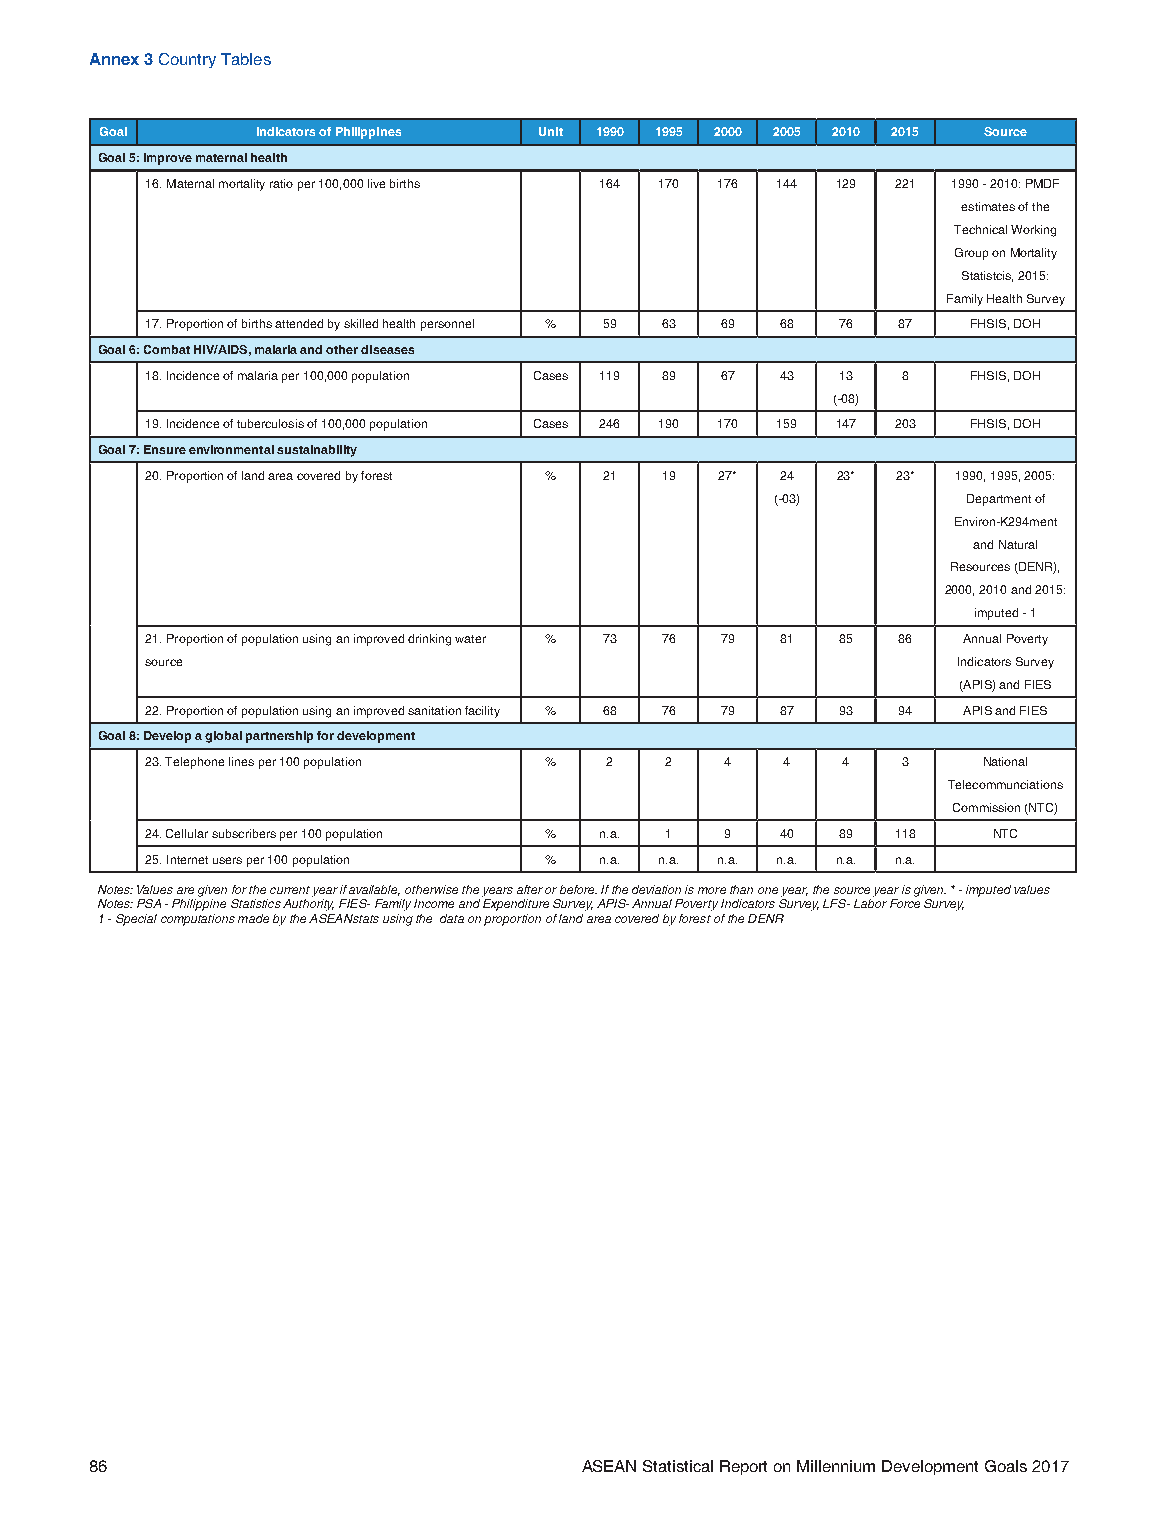
Annex 3 Country Tables
 Goal      Indicators of Philippines Unit 1990 1995 2000 2005 2010 2015 Source
 Goal 5: Improve maternal health
 16. Maternal mortality ratio per 100,000 live births 164 170 176 144 129 221 1990 - 2010: PMDF
 estimates of the
 Technical Working
 Group on Mortality
 Statistcis, 2015:
 Family Health Survey
 17. Proportion of births attended by skilled health personnel % 59 63 69 68 76 87 FHSIS, DOH
 Goal 6: Combat HIV/AIDS, malaria and other diseases
 18. Incidence of malaria per 100,000 population Cases 119 89 67 43 13 8 FHSIS, DOH
 (-08)
 19. Incidence of tuberculosis of 100,000 population Cases 246 190 170 159 147 203 FHSIS, DOH
 Goal 7: Ensure environmental sustainability
 20. Proportion of land area covered by forest % 21 19 27* 24 23* 23* 1990, 1995, 2005:
 (-03)        Department of
 Environ-K294ment
 and Natural
 Resources (DENR),
 2000, 2010 and 2015:
 imputed - 1
 21. Proportion of population using an improved drinking water % 73 76 79 81 85 86 Annual Poverty
 source                                               Indicators Survey
 (APIS) and FIES
 22. Proportion of population using an improved sanitation facility % 68 76 79 87 93 94 APIS and FIES
 Goal 8: Develop a global partnership for development
 23. Telephone lines per 100 population % 2 2 4 4 4 3   National
 Telecommunciations
 Commission (NTC)
 24. Cellular subscribers per 100 population % n.a. 1 9 40 89 118 NTC
 25. Internet users per 100 population % n.a. n.a. n.a. n.a. n.a. n.a.
 Notes: Values are given for the current year if available, otherwise the years after or before. If the deviation is more than one year, the source year is given. * - imputed values
 Notes: PSA - Philippine Statistics Authority, FIES- Family Income and Expenditure Survey, APIS- Annual Poverty Indicators Survey, LFS- Labor Force Survey,
 1 - Special computations made by the ASEANstats using the data on proportion of land area covered by forest of the DENR
 86                              ASEAN Statistical Report on Millennium Development Goals 2017